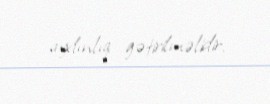
aydınlıq gətirilməlidir.